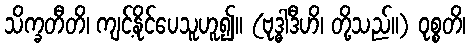
သိက္ခတီတိ၊ ကျင့်နိုင်ပေသူဟူ၍။ (ဗုဒ္ဓါဒီဟိ၊ တို့သည်။) ဝုစ္စတိ၊